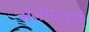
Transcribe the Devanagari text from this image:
सैलीसबरी